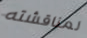
لمناقشته